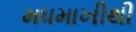
મધમાખીથી